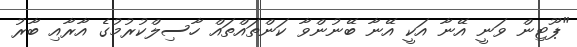
"ޕޫޓިން ވަނީ އޭނާ އަކީ އޭނާ ބޭނުންވާ ކަންތައްތައް ހާސިލްކުރުމުގެ އާރާއި ބާރު